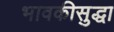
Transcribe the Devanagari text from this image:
भावकीसुद्धा